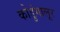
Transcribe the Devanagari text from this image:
कोडुंगालूर